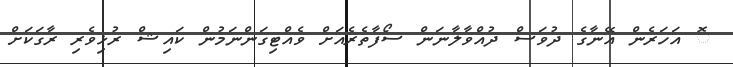
ޮ އަހަރެން އޭނާގެ ދުވަސް ދުއްވާލާނަން ސޯފާތެރެއަށް ވެއްޓިގަންނަމުން ކައިޝް ރުޅިވެރި ރާގަކަށް